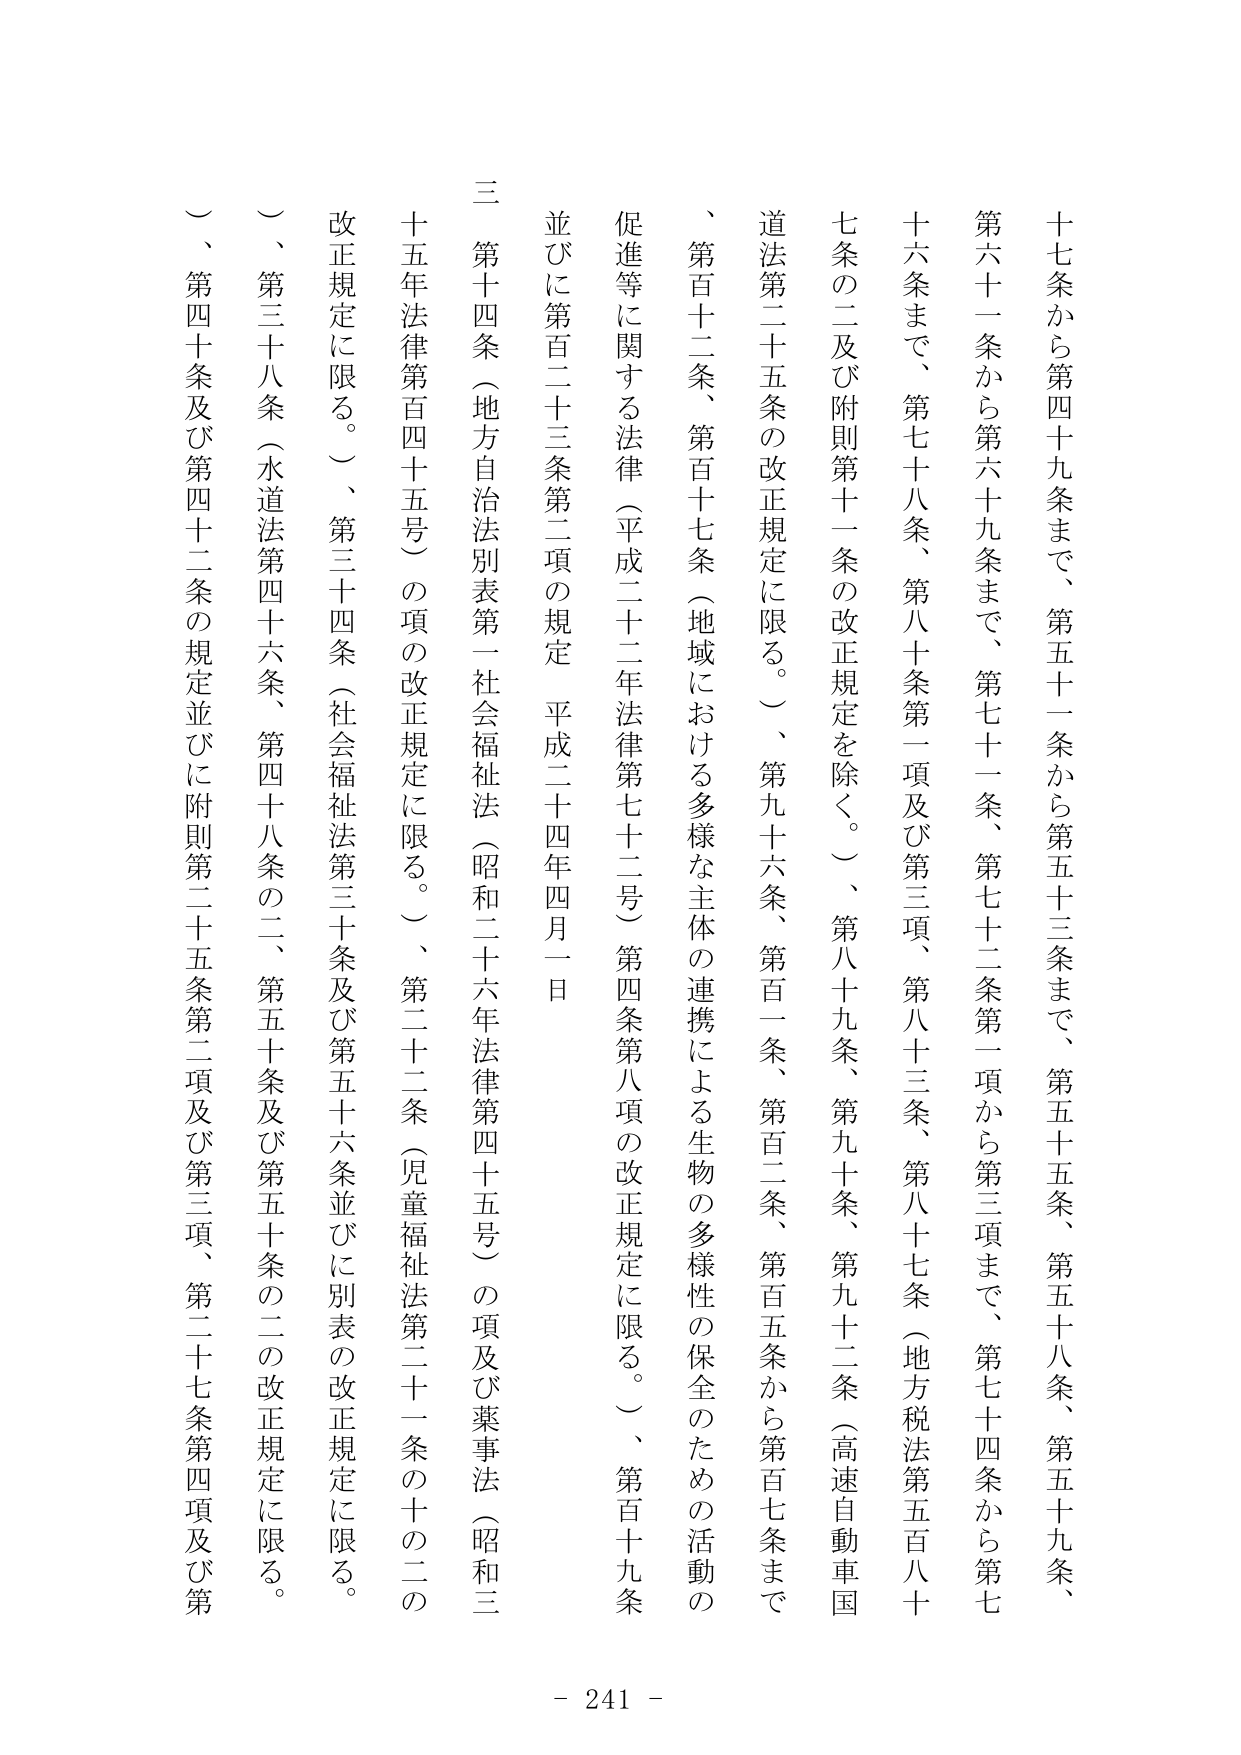
十七条から第四十九条まで、第五十一条から第五十三条まで、第五十五条、第五十八条、第五十九条、
第六十一条から第六十九条まで、第七十一条、第七十二条第一項から第三項まで、第七十四条から第七
十六条まで、第七十八条、第八十条第一項及び第三項、第八十三条、第八十七条（地方税法第五百八十
七条の二及び附則第十一条の改正規定を除く。）、第八十九条、第九十条、第九十二条（高速自動車国
道法第二十五条の改正規定に限る。）、第九十六条、第百一条、第百二条、第百五条から第百七条まで
、第百十二条、第百十七条（地域における多様な主体の連携による生物の多様性の保全のための活動の
促進等に関する法律（平成二十二年法律第七十二号）第四条第八項の改正規定に限る。）、第百十九条
並びに第百二十三条第二項の規定（平成二十四年四月一日
三 第十四条（地方自治法別表第一社会福祉法（昭和二十六年法律第四十五号）の項及び薬事法（昭和三
十五年法律第百四十五号）の項の改正規定に限る。）、第二十二条（児童福祉法第二十一条の十の二の
改正規定に限る。）、第三十四条（社会福祉法第三十条及び第五十六条並びに別表の改正規定に限る。
）、第三十八条（水道法第四十六条、第四十八条の二、第五十条及び第五十条の二の改正規定に限る。
）、第四十条及び第四十二条の規定並びに附則第二十五条第二項及び第三項、第二十七条第四項及び第
- 241 -